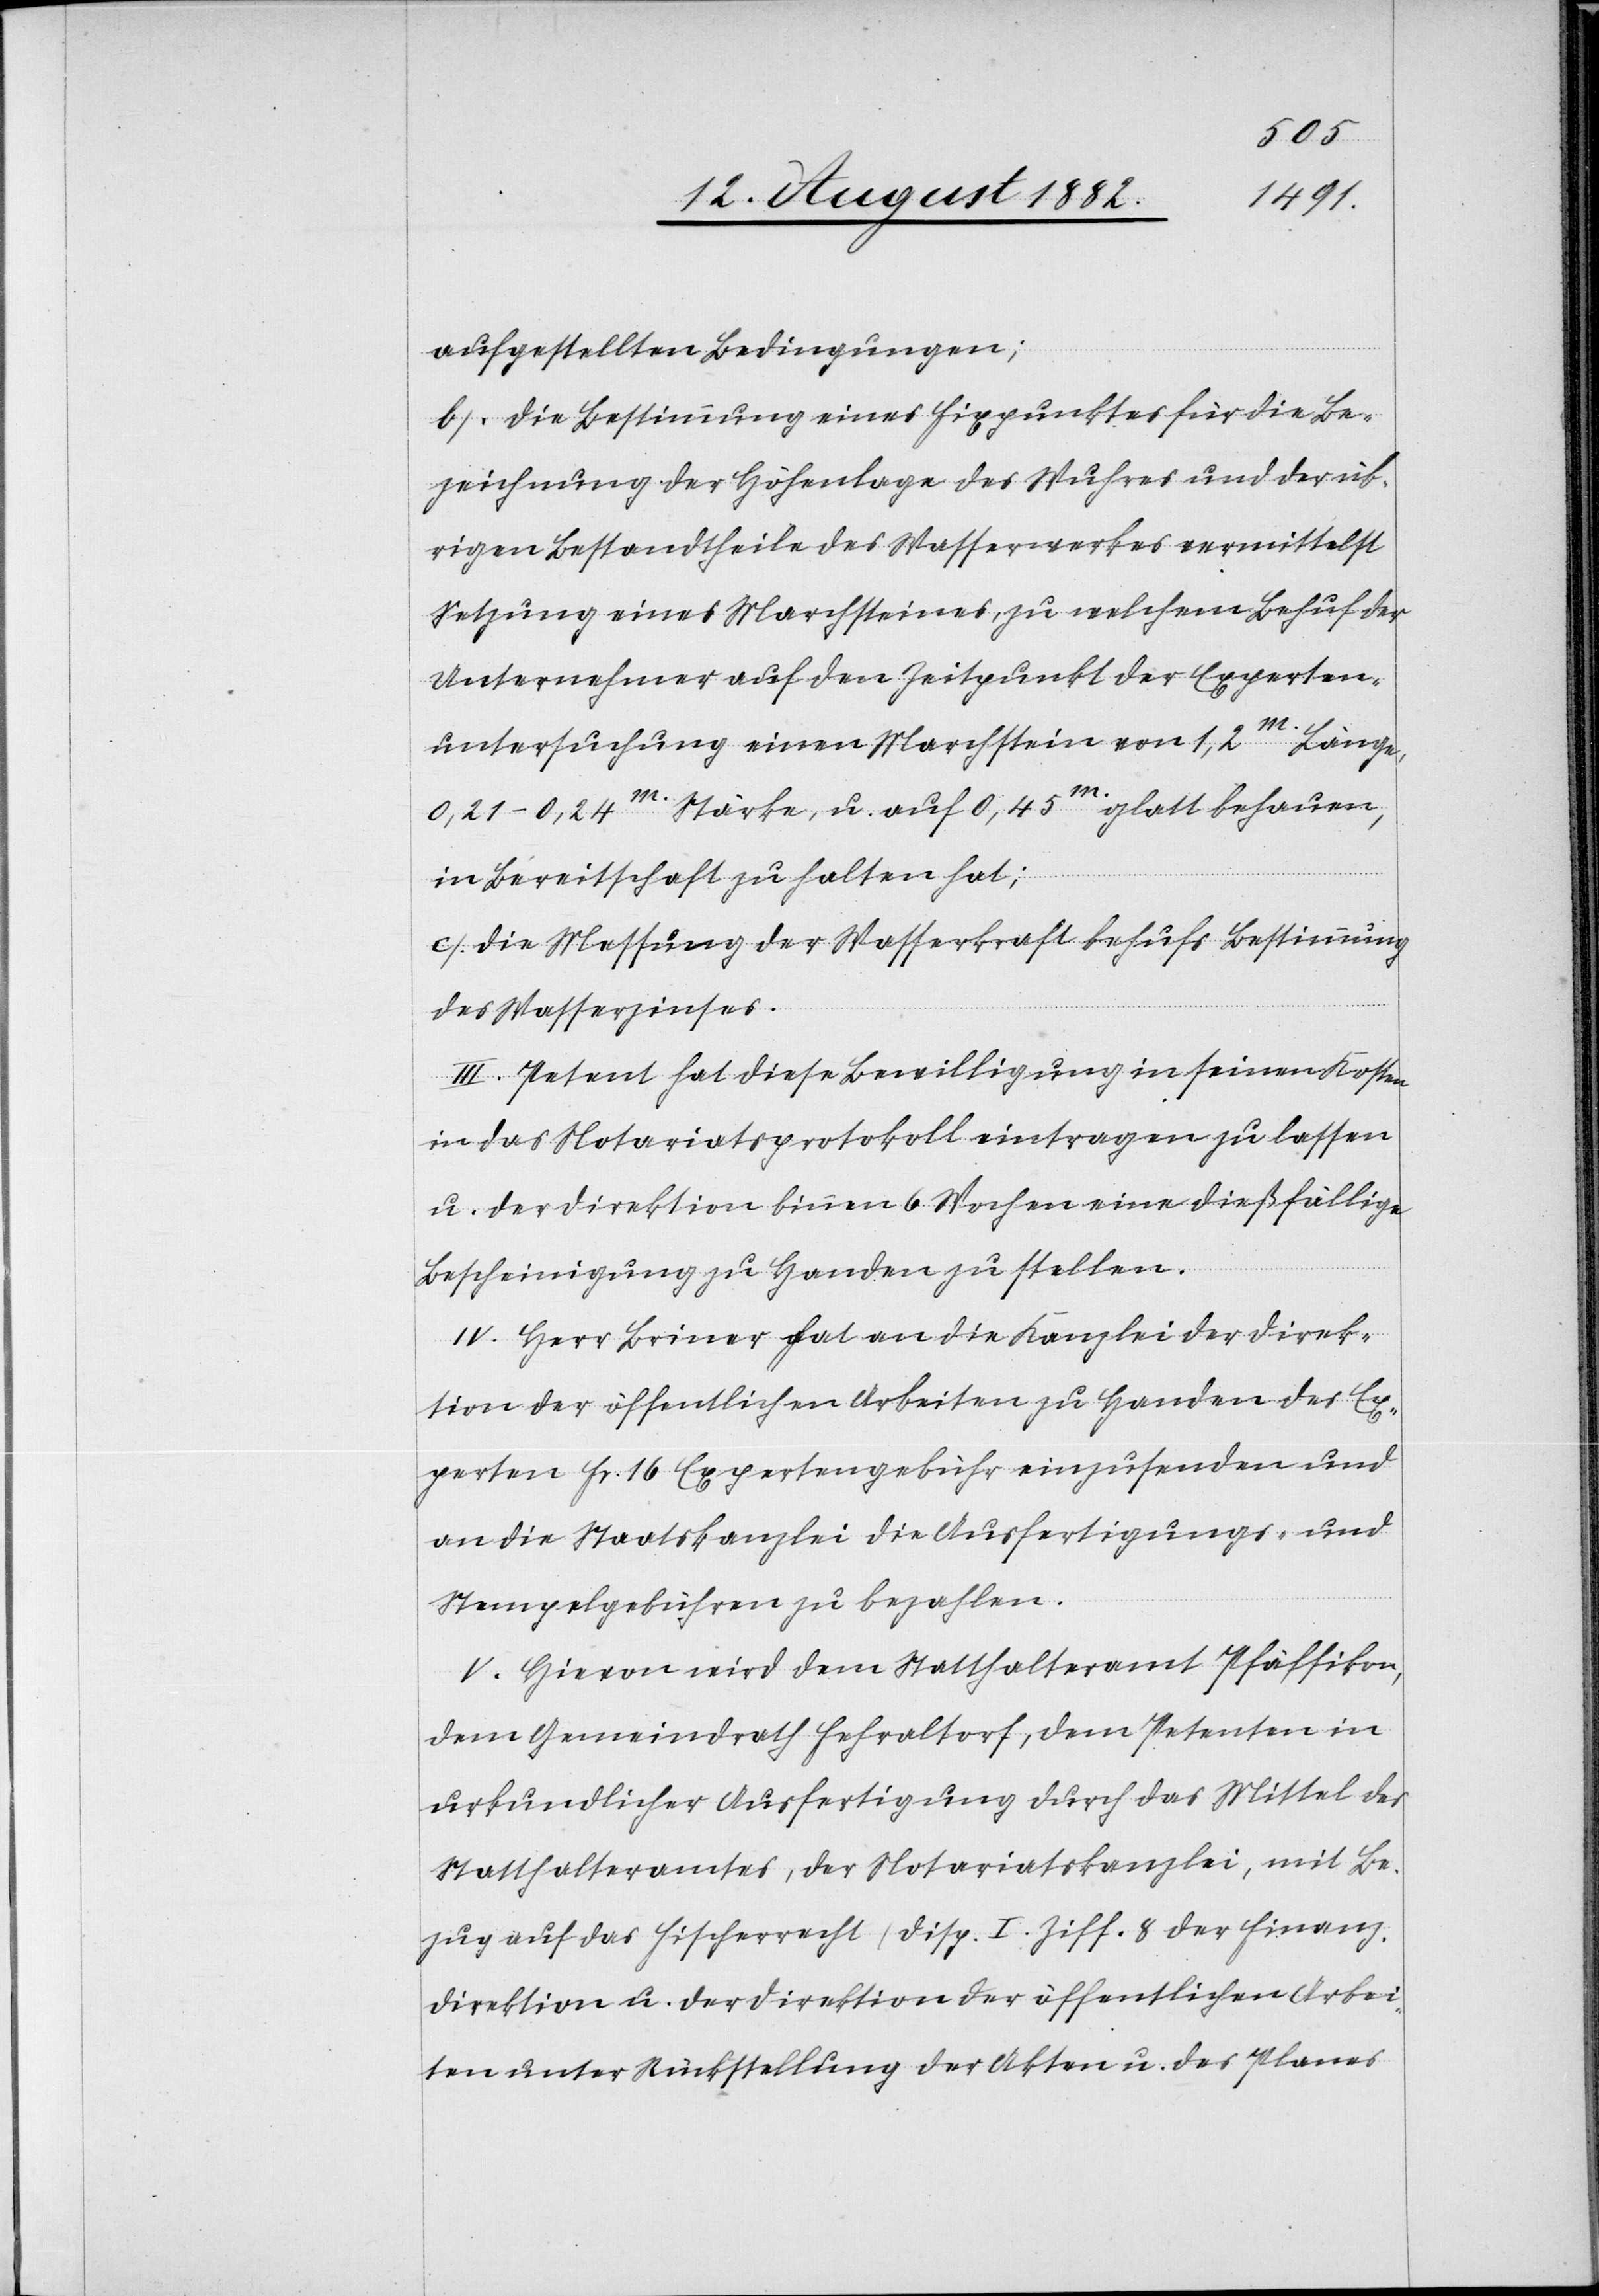
aufgestellten Bedingungen.
b) Die Bestimmung eines Fixpunktes für die Be¬
zeichnung der Höhenlage des Wuhres und der üb¬
rigen Bestandtheile des Wasserwerkes vermittelst
Setzung eines Marchsteines, zu welchem Behuf der
Unternehmer auf den Zeitpunkt der Experten¬
untersuchung einen Marchstein von 1,2m Länge,
0,21–0,24m Stärke, u. auf 0,45m glatt behauen,
in Bereitschaft zu halten hat;
c) Die Messung der Wasserkraft behufs Bestimmung
des Wasserzinses.
III. Petent hat diese Bewilligung in seinen Kosten
in das Notariatsprotokoll eintragen zu lassen
u. der Direktion binnen 6 Wochen eine dießfällige
Bescheinigung zu Handen zu stellen.
IV. Herr Briner hat an die Kanzlei der Direk¬
tion der öffentlichen Arbeiten zu Handen des Ex¬
perten Fr. 16 Expertengebühren einzusenden und
an die Staatskanzlei die Ausfertigungs- und
Stempelgebühren zu bezahlen.
V. Hievon wird dem Statthalteramt Pfäffikon,
dem Gemeindrath Fehraltorf, dem Petenten in
urkundlicher Ausfertigung durch das Mittel des
Statthalteramtes, der Notariatskanzlei, mit Be¬
zug auf das Fischerrecht (Disp. I Ziff. 8) der Finanz¬
direktion u. der Direktion der öffentlichen Arbei¬
ten unter Rückstellung der Akten u. des Planes